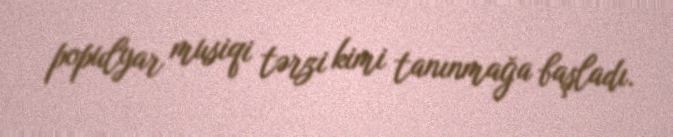
populyar musiqi tərzi kimi tanınmağa başladı.